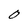
Character: O